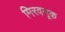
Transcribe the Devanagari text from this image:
मिरवनूक